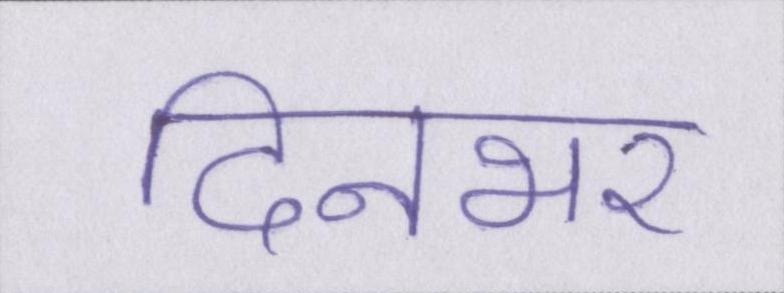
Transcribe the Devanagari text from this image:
दिनभर